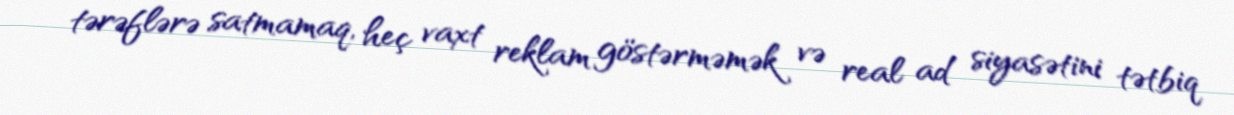
tərəflərə satmamaq, heç vaxt reklam göstərməmək və real ad siyasətini tətbiq